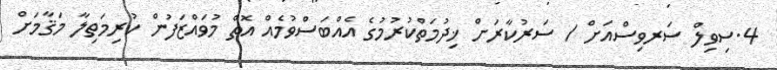
4.ސިވިލް ސަރވިސްއަށް / ސަރުކާރަށް ޚިދުމަތްކުރުމުގެ އެއްބަސްވުމެއް އޮތް މުވައްޒަފުން ކުރިމަތިލާ މަޤާމަށް